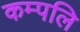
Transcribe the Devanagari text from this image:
कम्पलि